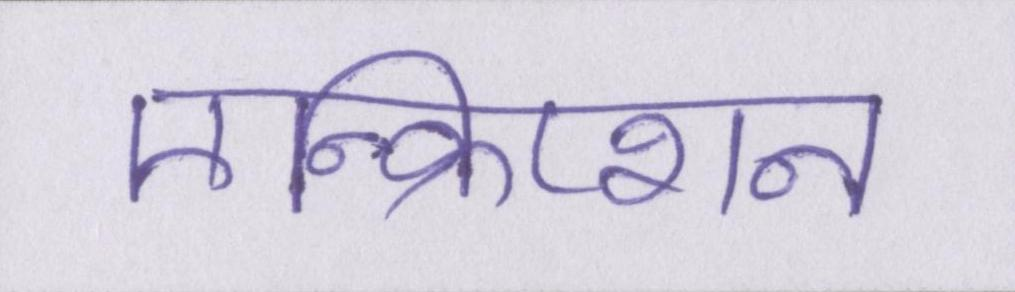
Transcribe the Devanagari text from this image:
एन्क्रिप्शन